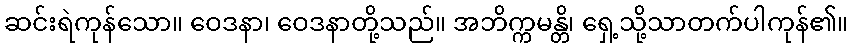
ဆင်းရဲကုန်သော။ ဝေဒနာ၊ ဝေဒနာတို့သည်။ အဘိက္ကမန္တိ၊ ရှေ့သို့သာတက်ပါကုန်၏။